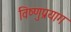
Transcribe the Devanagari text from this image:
विष्‍णुप्रयाग